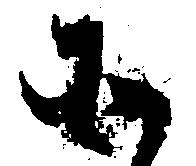
そ